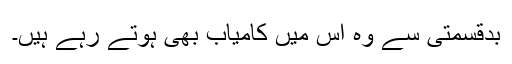
بدقسمتی سے وہ اس میں کامیاب بھی ہوتے رہے ہیں۔